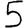
Digit: 5